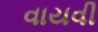
વાયવી